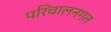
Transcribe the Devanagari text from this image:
परिचालनगत